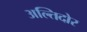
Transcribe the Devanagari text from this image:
अल्तिदोर